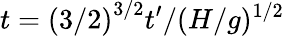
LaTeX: t=\left(3/2\right)^{3/2}t^{\prime}/(H/g)^{1/2}